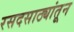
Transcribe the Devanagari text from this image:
रसदसाठ्यांतून